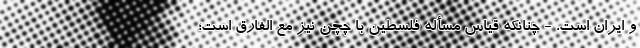
و ایران است. - چنانکه قیاس مسأله فلسطین با چچن نیز مع الفارق است؛